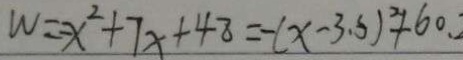
W = - x ^ { 2 } + 7 x + 4 8 = - ( x - 3 . 5 ) ^ { 2 } + 6 0 .